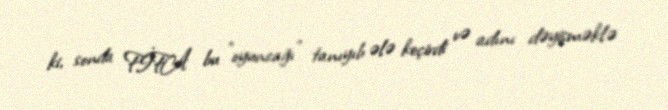
ki, sonda FİFA bu "oyuncağı" tanıyıb ələ keçirdi və adını dəyişməklə